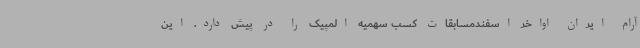
آرام ایران اواخر اسفندمسابقات کسب سهمیه المپیک را در پیش دارد. این